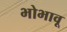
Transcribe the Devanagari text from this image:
भोभावू